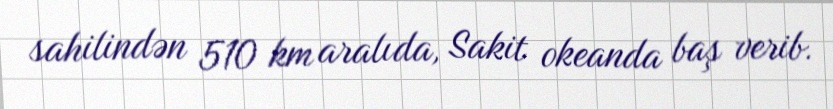
sahilindən 510 km aralıda, Sakit okeanda baş verib.